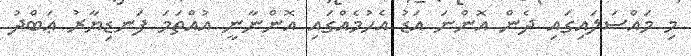
މި މައްސަލައިގައި ދެން އޮންނަ އަޑު އެހުމެއްގައި އޮންނާނީ އުއްތަމަ ފަނޑިޔާރު ޢަބްދު